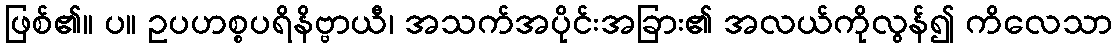
ဖြစ်၏။ ပ။ ဥပဟစ္စပရိနိဗ္ဗာယီ၊ အသက်အပိုင်းအခြား၏ အလယ်ကိုလွန်၍ ကိလေသာ